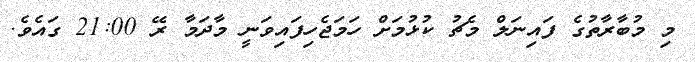
މި މުބާރާތުގެ ފައިނަލް މެޗު ކުޅުމަށް ހަމަޖެހިފައިވަނީ މާދަމާ ރޭ 21:00 ގައެވެ.